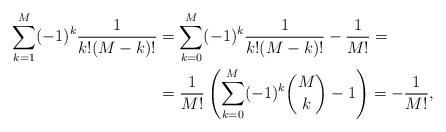
LaTeX: \begin{align*}\sum_{k=1}^{M}(-1)^{k}\frac{1}{k!(M-k)!}&=\sum_{k=0}^{M}(-1)^{k}\frac{1}{k!(M-k)!}-\frac{1}{M!}=\\&=\frac{1}{M!}\left(\sum_{k=0}^{M}(-1)^{k}\binom{M}{k}-1\right)=-\frac{1}{M!},\end{align*}